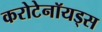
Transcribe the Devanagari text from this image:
करोटेनॉयड्स